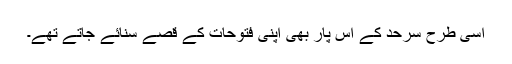
اسی طرح سرحد کے اس پار بھی اپنی فتوحات کے قصے سنائے جاتے تھے۔